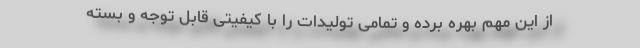
از این مهم بهره برده و تمامی تولیدات را با کیفیتی قابل توجه و بسته